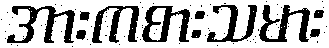
အားကစားသမား